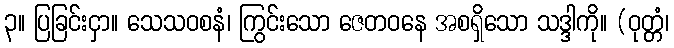
၃။ ပြခြင်းငှာ။ သေသဝစနံ၊ ကြွင်းသော ဇေတဝနေ အစရှိသော သဒ္ဒါကို။ (ဝုတ္တံ၊